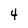
Character: 4